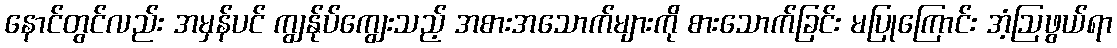
နောင်တွင်လည်း အမှန်ပင် ကျွန်ုပ်ကျွေးသည့် အစားအသောက်များကို စားသောက်ခြင်း မပြုကြောင်း အံ့ဩဖွယ်ရာ